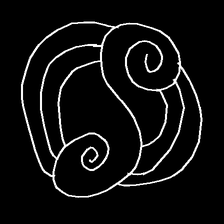
Glyph: wind-underfoot